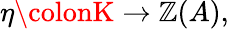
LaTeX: \eta\colonK\to\mathbb{Z}(A),